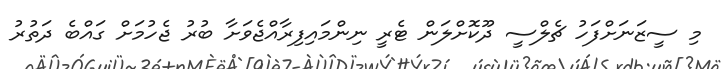
މި ސީޒަނަށްފަހު ޗެލްސީ ދޫކޮށްލަން ޓެރީ ނިންމައިފިރާއްޖެވަށާ ބުރު ޖެހުމަށް ގައްބެ ދަތުރު